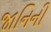
જાનિની